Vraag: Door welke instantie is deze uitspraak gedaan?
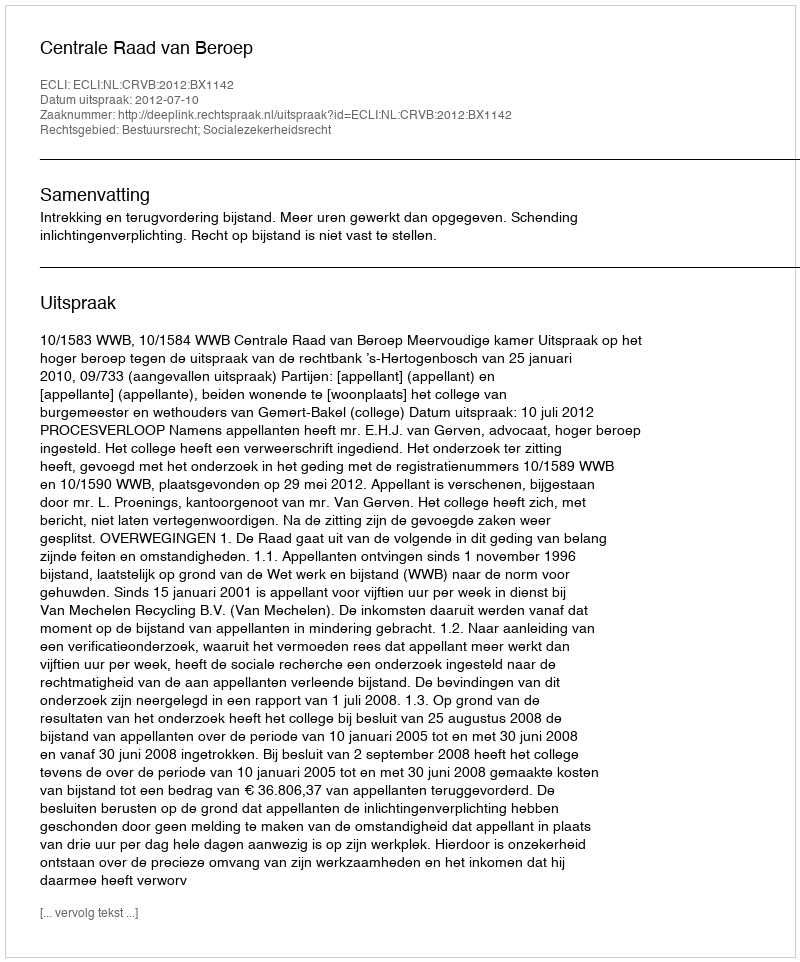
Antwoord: Centrale Raad van Beroep